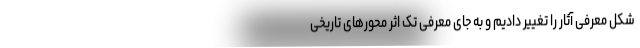
شکل معرفی آثار را تغییر دادیم و به جای معرفی تک اثر محورهای تاریخی